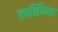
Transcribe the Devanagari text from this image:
स्पर्शिकेला